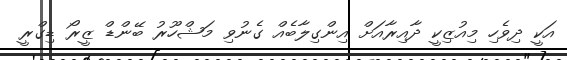
އަކީ ދިވެހި މިއުޒިކީ ދާއިރާއަށް އިންގިލާބެއް ގެނުވި މަޝްހޫރު ބޭންޑް ޒީރޯ ޑިގްރީ